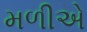
મળીએ